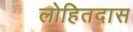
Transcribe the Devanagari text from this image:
लोहितदास